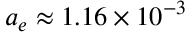
a _ { e } \approx 1 . 1 6 \times 1 0 ^ { - 3 }